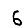
Digit: 6